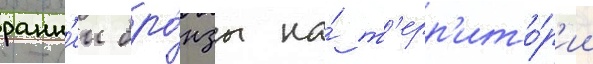
ранн'еи бро́нзы на́ т'ерр'ито́р'ии